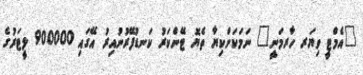
"އެމްޓީ ވިޔަރ ހާރމަނީ" ނަމަކަށްކިޔާ ތެޔޮ ޓޭންކަރު ކަނޑުފޭރުނުއިރު އޭގައި 900000 ލީޓަރުގެ